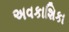
અવકાશિકા